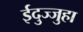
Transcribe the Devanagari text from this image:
ईदुज्जुहा